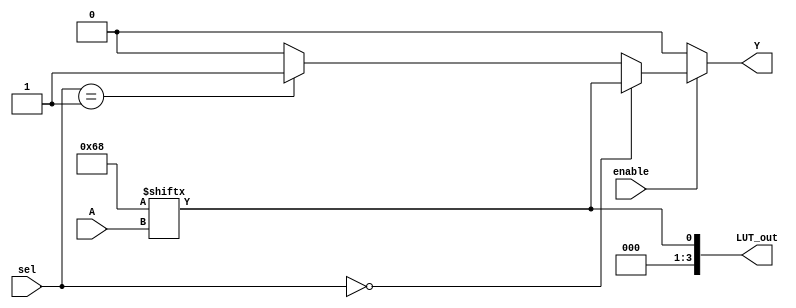
module CLB (
    input wire [3:0] A,          // 4-bit input signals
    input wire [1:0] sel,        // 2-bit select signal for multiplexer
    input wire enable,            // Enable signal
    output wire Y,               // Output signal
    output wire [3:0] LUT_out    // Output from the LUT
);

// Lookup Table (LUT) implementation
reg [15:0] LUT; // 16 possible combinations for 4 inputs

// Initialize LUT with some logic function (example: A[0] AND A[1])
initial begin
    LUT = 16'b0000000000000000; // Default to 0
    LUT[3] = 1; // A[0] = 1, A[1] = 1 -> Output = 1
    LUT[5] = 1; // A[0] = 1, A[2] = 1 -> Output = 1
    LUT[6] = 1; // A[1] = 1, A[2] = 1 -> Output = 1
    // Add more logic as needed
end

// LUT output logic
assign LUT_out = LUT[{A[3], A[2], A[1], A[0]}];

// Multiplexer to select between LUT output and a constant value (example: 0 or 1)
wire mux_out;
assign mux_out = (sel == 2'b00) ? LUT_out[0] : // Select LUT output
                 (sel == 2'b01) ? 1'b1 :      // Select constant 1
                 (sel == 2'b10) ? 1'b0 :      // Select constant 0
                 1'b0;                        // Default case

// Enable control for output
assign Y = enable ? mux_out : 1'b0; // Output is 0 when not enabled

endmodule